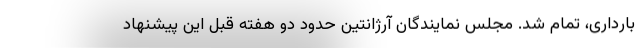
بارداری، تمام شد. مجلس نمایندگان آرژانتین حدود دو هفته قبل این پیشنهاد